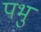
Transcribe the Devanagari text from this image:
पभु